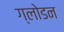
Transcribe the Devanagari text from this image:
ग्लोडन